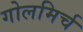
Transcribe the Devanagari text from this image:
गोलमिर्च